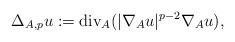
LaTeX: \begin{align*}\Delta_{A, p}u:=\textrm{div}_A(|\nabla_A u|^{p-2}\nabla_A u),\end{align*}